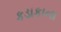
કડાકાના